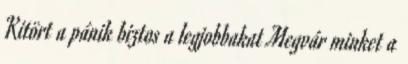
Kitört a pánik biztos a legjobbakat Megvár minket a